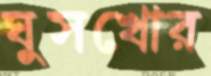
ঘুসখোর